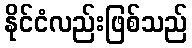
နိုင်ငံလည်းဖြစ်သည်